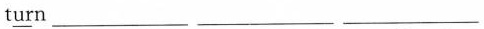
t\underline{ur}n ___ ___ ___